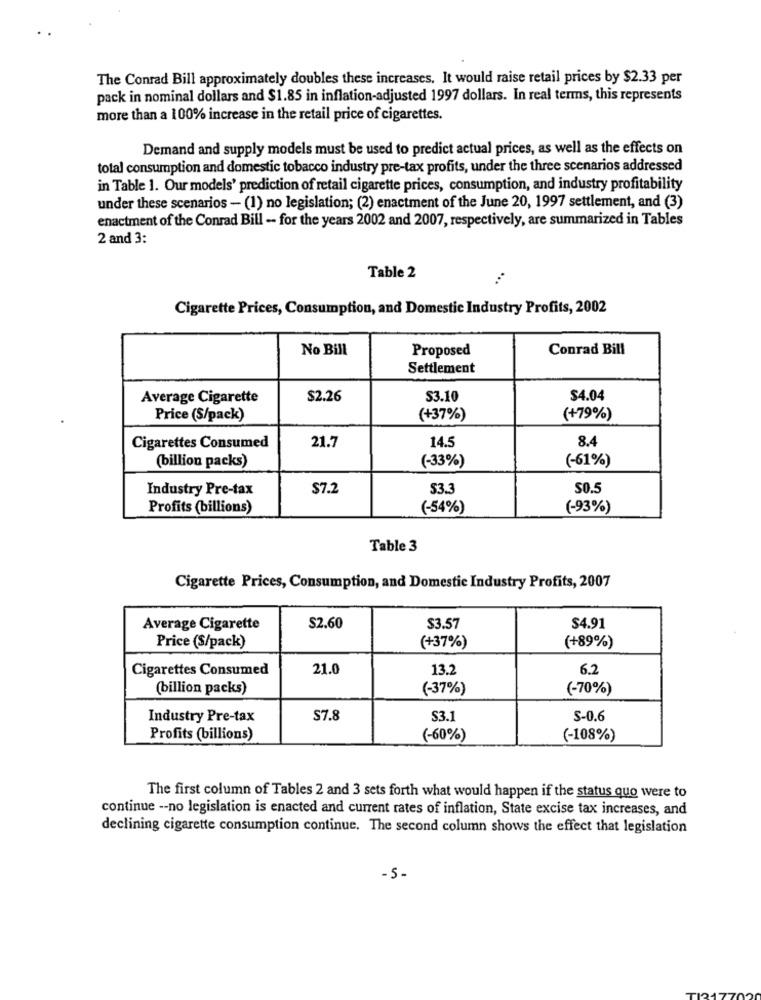
The Conrad Bill approximately doubles these increases. It would raise retail prices by $2.33 per
pack in nominal dollars and $1.85 in inflation-adjusted 1997 dollars. In real terms, this represents
more than a 100% increase in the retail price of cigarettes.
Demand and supply models must be used to predict actual prices, as well as the effects on
total consumption and domestic tobacco industry pre-tax profits, under the three scenarios addressed
in Table 1. Our models' prediction of retail cigarette prices, consumption, and industry profitability
under these scenarios - (1) no legislation; (2) enactment of the June 20, 1997 settlement, and (3)
enactment of the Conrad Bill -- for the years 2002 and 2007, respectively, are summarized in Tables
2 and 3:
Table 2
Cigarette Prices, Consumption, and Domestic Industry Profits, 2002
No Bill
Proposed
Conrad Bill
Settlement
Average Cigarette
$2.26
$3.10
$4.04
Price (S/pack)
(+37%)
(+79%)
21.7
14.5
8.4
Cigarettes Consumed
(billion packs)
(-33%)
(-61%)
Industry Pre-tax
$7.2
53.3
SO.5
Profits (billions)
(-54%)
(-93%)
Table 3
Cigarette Prices, Consumption, and Domestic Industry Profits, 2007
Average Cigarette
$2.60
$3.57
$4.91
Price (S/pack)
(+37%)
(+89%)
Cigarettes Consumed
21.0
13.2
6.2
(billion packs)
(-37%)
(-70%)
Industry Pre-tax
S7.8
$3.1
S-0.6
Profits (billions)
(-60%)
(-108%)
The first column of Tables 2 and 3 sets forth what would happen if the status quo were to
continue -- no legislation is enacted and current rates of inflation, State excise tax increases, and
declining cigarette consumption continue. The second column shows the effect that legislation
- 5 -